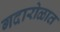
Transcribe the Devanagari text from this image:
गदारोळात